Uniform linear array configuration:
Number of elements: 12
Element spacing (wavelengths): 0.25
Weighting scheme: hamming
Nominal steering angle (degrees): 60
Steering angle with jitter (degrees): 59.733
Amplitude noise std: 0.05
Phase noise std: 0.05

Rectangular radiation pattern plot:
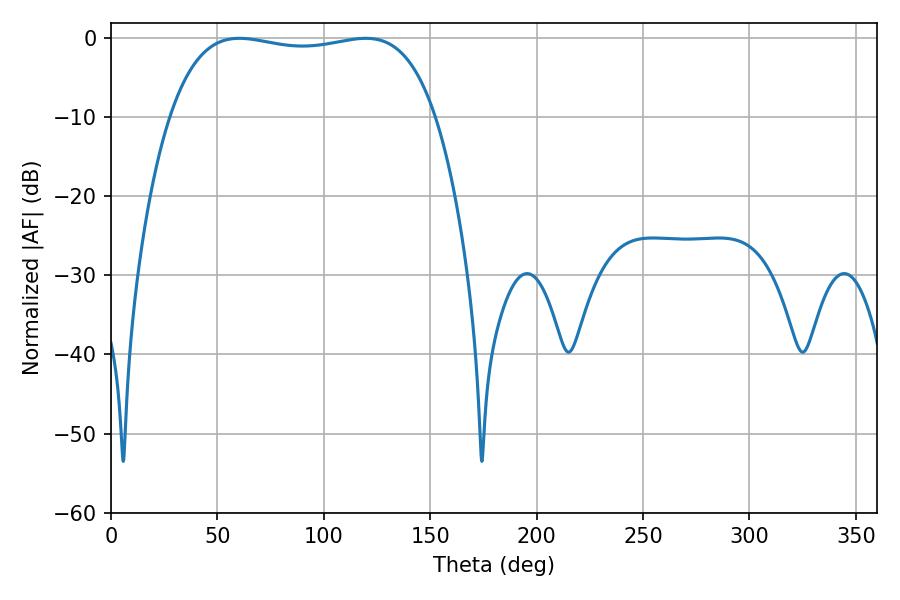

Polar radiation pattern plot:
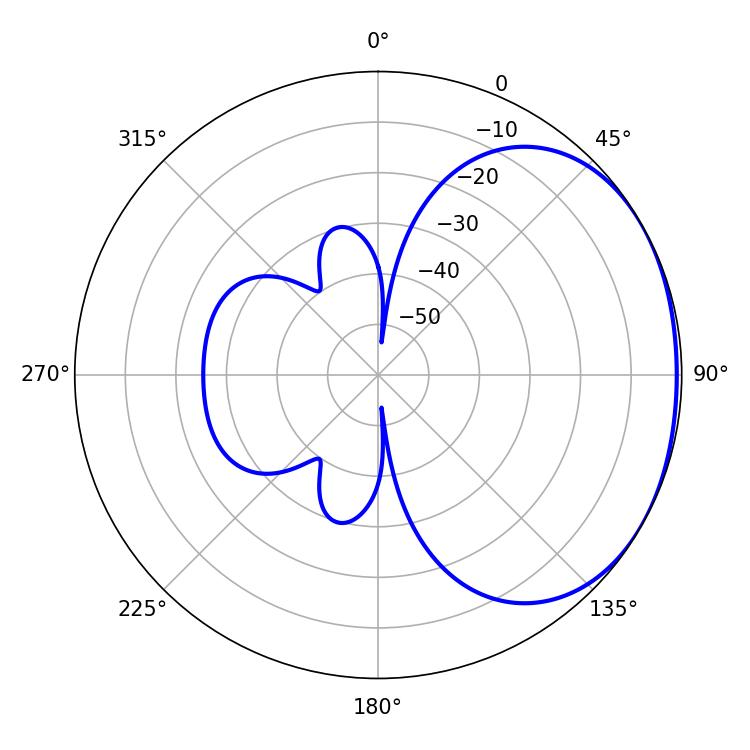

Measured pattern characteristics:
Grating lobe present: FALSE
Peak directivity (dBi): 1.521
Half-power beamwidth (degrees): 100.08
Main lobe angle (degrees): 60.3